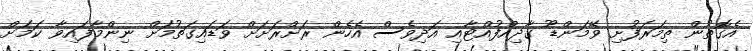
އެގޮތުން ތިމަރަފުށި ވޭމަންޑޫ ގާދިއްފުއްޓާއި އަދިވެސް އެހެން ރަށްރަށަށް ވަޑައިގަތުމަށް ނިންމާފައިވާ ކަމަށް